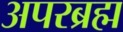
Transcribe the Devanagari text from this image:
अपरब्रह्म